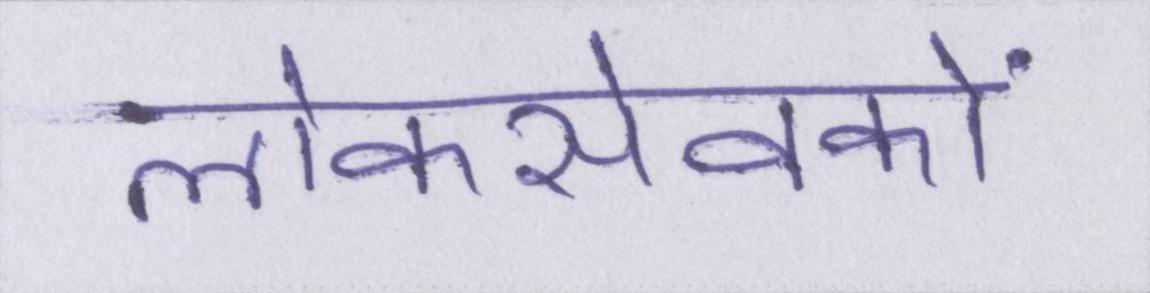
लोकसेवकों